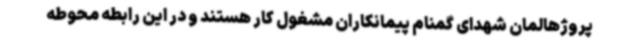
پروژهالمان شهدای گمنام پیمانکاران مشغول کار هستند و در این رابطه محوطه